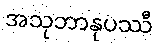
အသုဘာနုပဿီ